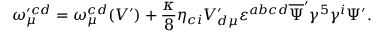
\omega _ { \mu } ^ { \prime c d } = \omega _ { \mu } ^ { c d } ( V ^ { \prime } ) + \frac { \kappa } { 8 } \eta _ { c i } V _ { d \mu } ^ { \prime } \varepsilon ^ { a b c d } \overline { { { \Psi } } } ^ { \prime } \gamma ^ { 5 } \gamma ^ { i } \Psi ^ { \prime } .